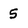
Character: 5